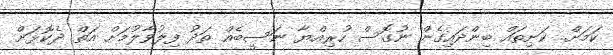
ކަމަށް.. ކަށިތައް ބިންދައިގެން ނުގޮސް ހުރިއްޔާ ނަސީބެއް ތަދު ފިލުވާލުމަށް އަތް ދެކޮޅަށް